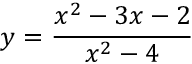
y = { \frac { x ^ { 2 } - 3 x - 2 } { x ^ { 2 } - 4 } }